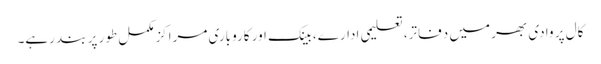
کال پر وادی بھر میں دفاتر، تعلیمی ادارے، بینک اور کاروباری مراکزمکمل طور پر بند رہے۔